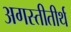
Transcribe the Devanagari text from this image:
अगस्तीतीर्थ